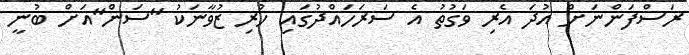
ރަސްފަންނަށް އުދަ އެރި ވަގުތު އެ ސަރަހައްދުގައި ހުރި ޒުވާނަކު "ސަން"އަށް ބުނީ